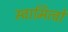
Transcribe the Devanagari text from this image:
स्वामित्वों